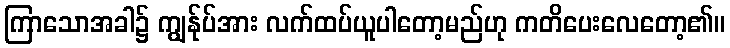
ကြာသောအခါ၌ ကျွန်ုပ်အား လက်ထပ်ယူပါတော့မည်ဟု ကတိပေးလေတော့၏။